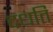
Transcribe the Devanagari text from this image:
दधति